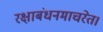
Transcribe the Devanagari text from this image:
रक्षाबंधनमाचरेत।